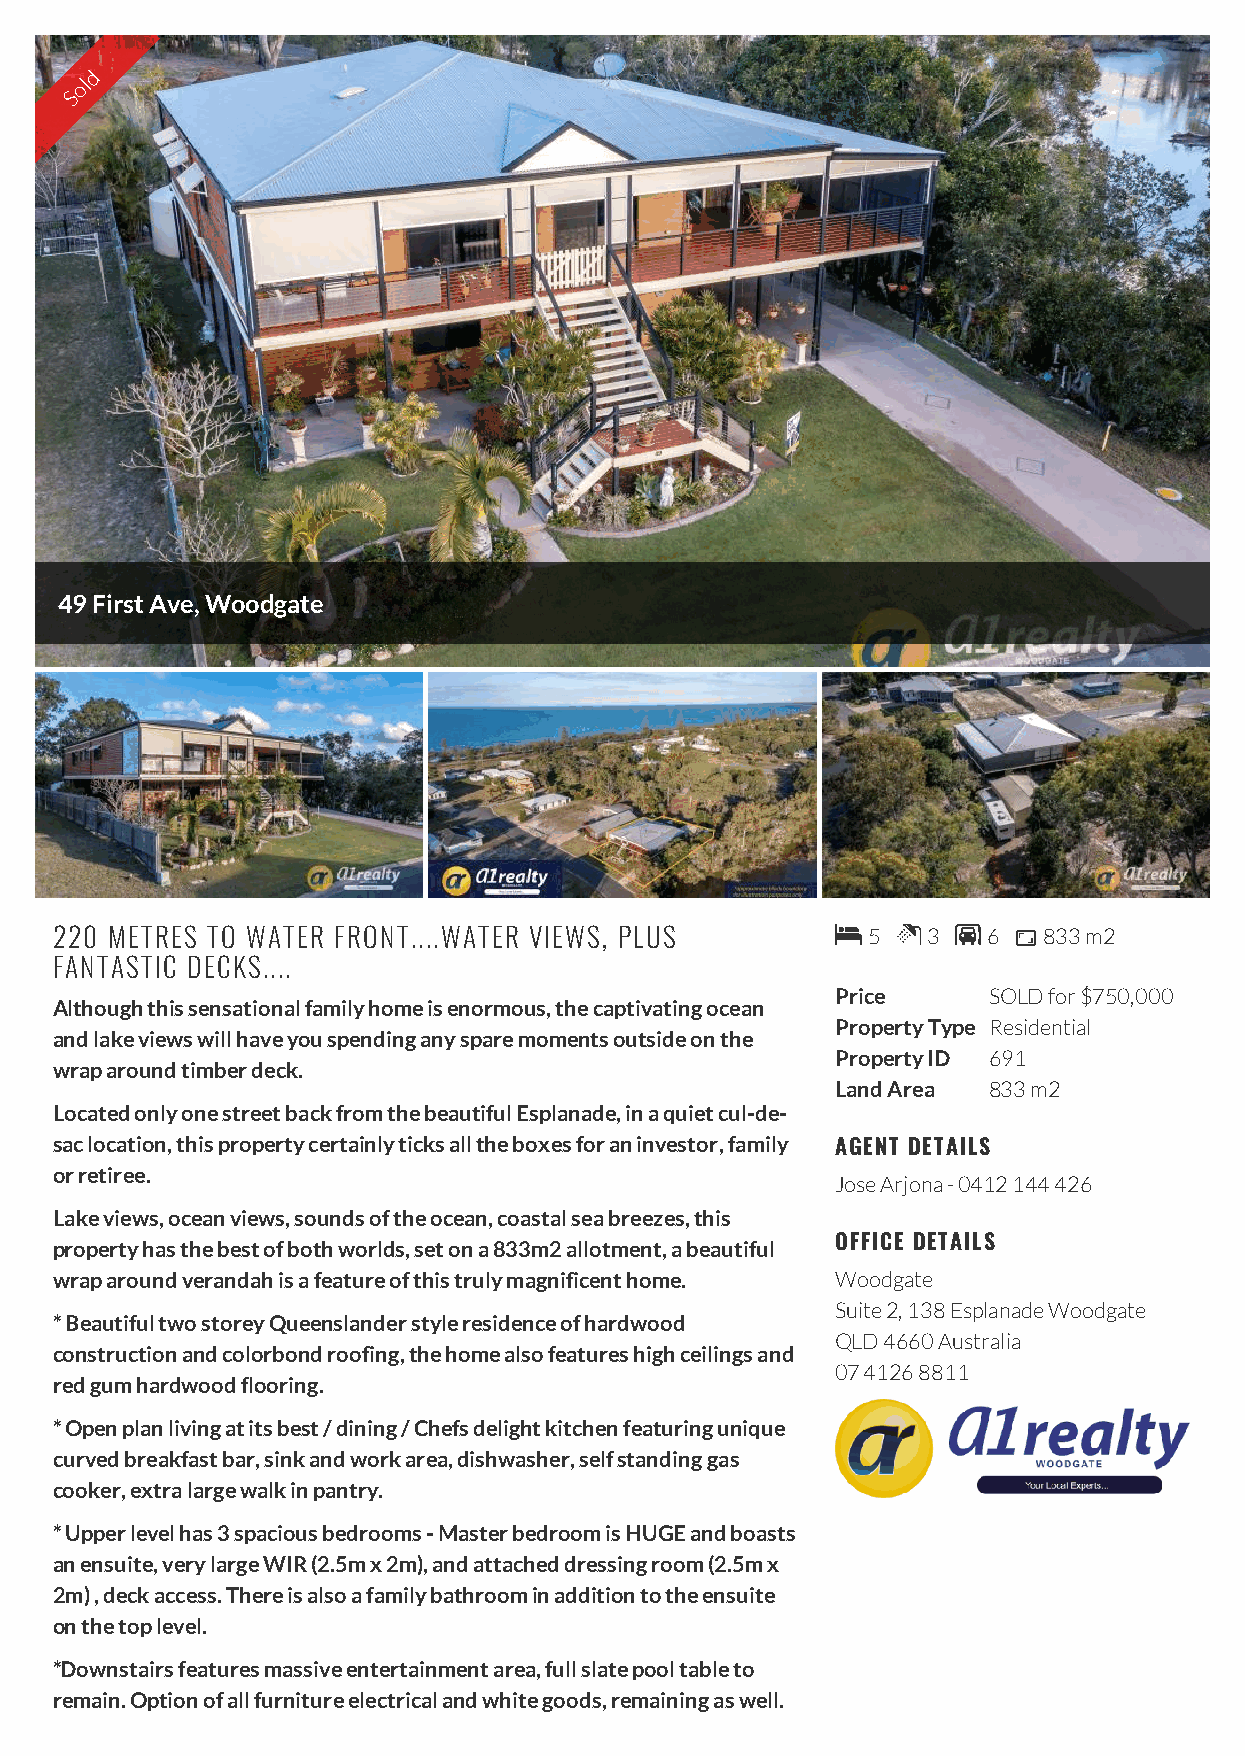
d
 ol
 S
 49 First Ave, Woodgate
 220 METRES TO WATER FRONT....WATER VIEWS, PLUS       5  3  6  833 m2
 FANTASTIC DECKS....
 Price     SOLD for $750,000
 Although this sensational family home is enormous, the captivating ocean
 Property Type Residential
 and lake views will have you spending any spare moments outside on the
 Property ID 691
 wrap around timber deck.
 Land Area 833 m2
 Located only one street back from the beautiful Esplanade, in a quiet cul-de-
 sac location, this property certainly ticks all the boxes for an investor, family AGENT DETAILS
 or retiree.
 Jose Arjona - 0412 144 426
 Lake views, ocean views, sounds of the ocean, coastal sea breezes, this
 property has the best of both worlds, set on a 833m2 allotment, a beautiful OFFICE DETAILS
 wrap around verandah is a feature of this truly magnificent home. Woodgate
 Suite 2, 138 Esplanade Woodgate
 * Beautiful two storey Queenslander style residence of hardwood
 QLD 4660 Australia
 construction and colorbond roofing, the home also features high ceilings and
 07 4126 8811
 red gum hardwood flooring.
 * Open plan living at its best / dining / Chefs delight kitchen featuring unique
 curved breakfast bar, sink and work area, dishwasher, self standing gas
 cooker, extra large walk in pantry.
 * Upper level has 3 spacious bedrooms - Master bedroom is HUGE and boasts
 an ensuite, very large WIR (2.5m x 2m), and attached dressing room (2.5m x
 2m) , deck access. There is also a family bathroom in addition to the ensuite
 on the top level.
 *Downstairs features massive entertainment area, full slate pool table to
 remain. Option of all furniture electrical and white goods, remaining as well.